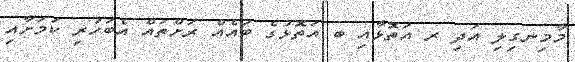
މާމިނގިލި އަދި ރ އަތޮޅާއި ބ އަތޮޅުގެ ބައެއް ރަށްތައް އެބަހުރި ކަމަށާއި